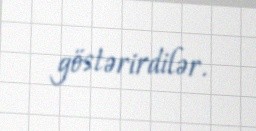
göstərirdilər.